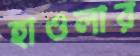
হাওলার